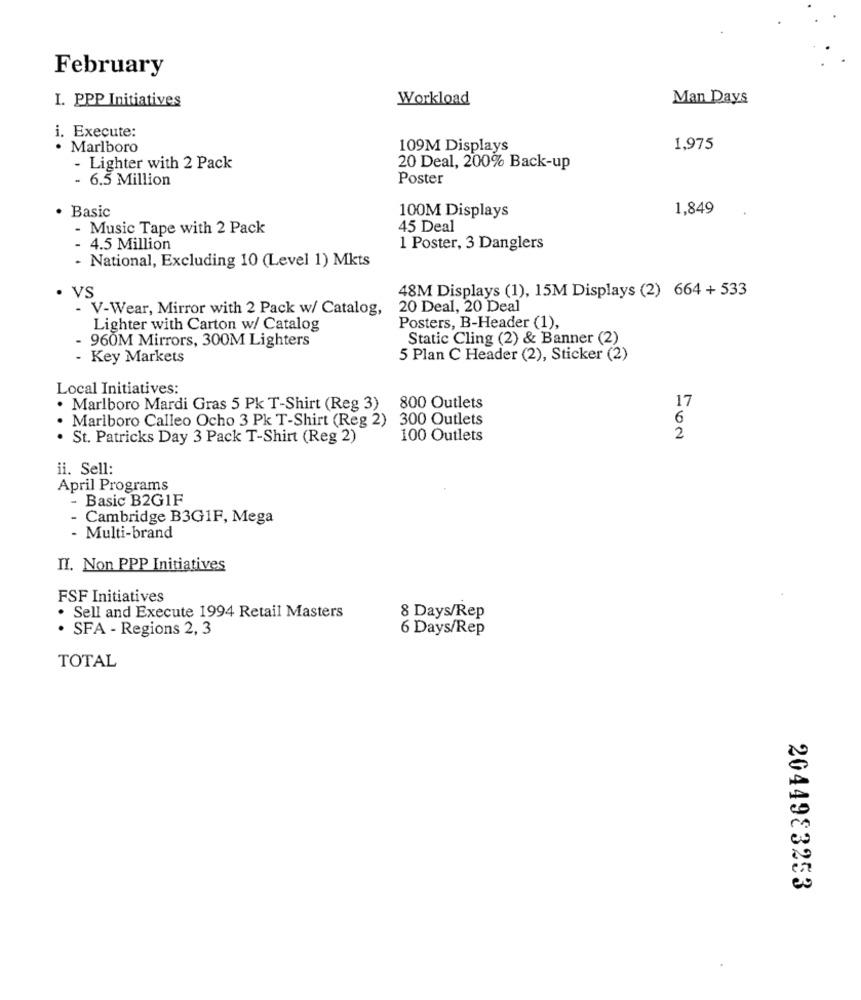
February
I. PPP Initiatives
Workload
Man Days
i. Execute:
· Marlboro
109M Displays
1,975
- Lighter with 2 Pack
20 Deal, 200% Back-up
- 6.5 Million
Poster
· Basic
1,849
100M Displays
- Music Tape with 2 Pack
45 Deal
4.5 Million
1 Poster, 3 Danglers
National, Excluding 10 (Level 1) Mkts
VS
48M Displays (1), 15M Displays (2) 664 + 533
- V-Wear, Mirror with 2 Pack w/ Catalog,
20 Deal, 20 Deal
Lighter with Carton w/ Catalog
Posters, B-Header (1),
- 960M Mirrors, 300M Lighters
Static Cling (2) & Banner (2)
- Key Markets
5 Plan C Header (2), Sticker (2)
Local Initiatives:
. Marlboro Mardi Gras 5 Pk T-Shirt (Reg 3) 800 Outlets
17
Marlboro Calleo Ocho 3 Pk T-Shirt (Reg 2) 300 Outlets
6
· St. Patricks Day 3 Pack T-Shirt (Reg 2)
100 Outlets
2
ii. Sell:
April Programs
- Basic B2G1F
Cambridge B3G1F, Mega
- Multi-brand
II. Non PPP Initiatives
FSF Initiatives
. Sell and Execute 1994 Retail Masters
8 Days/Rep
· SFA - Regions 2, 3
6 Days/Rep
TOTAL
2044983253
.